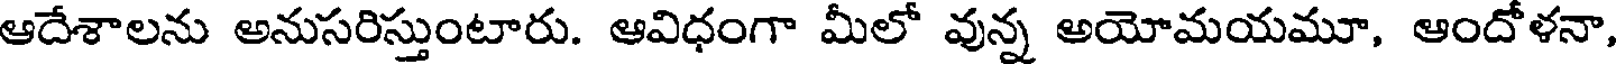
ఆదేశాలను అనుసరిస్తుంటారు. ఆవిధంగా మీలో వున్న అయోమయమూ, ఆందోళనా,